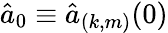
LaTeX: \hat{a}_{0}\equiv\hat{a}_{(k,m)}(0)